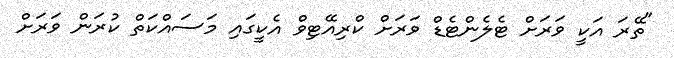
"ތޭރަ އަކީ ވަރަށް ޓެލެންޓެޑް ވަރަށް ކްރިއޭޓިވް އެކީގައި މަސައްކަތް ކުރަން ވަރަށް